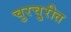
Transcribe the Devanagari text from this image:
चुरचु्रीत